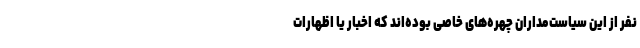
نفر از این سیاست‌مداران چهره‌های خاصی بوده‌اند که اخبار یا اظهارات